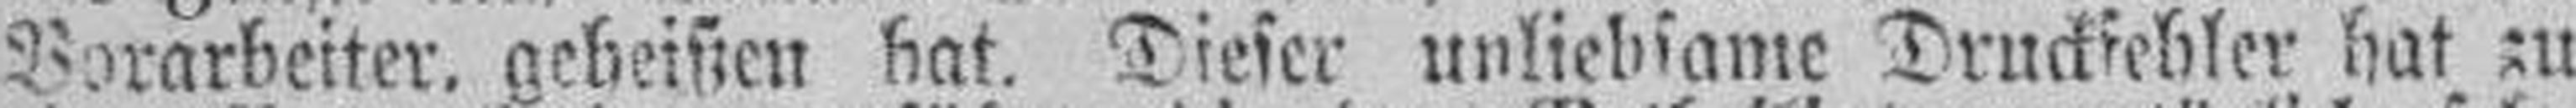
Vorarbeiter, geheißen hat. Dieser unliebsame Druckfehler hat zu